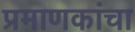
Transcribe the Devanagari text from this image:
प्रमाणकांचा